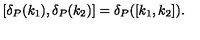
[ \delta _ { P } ( k _ { 1 } ) , \delta _ { P } ( k _ { 2 } ) ] = \delta _ { P } ( [ k _ { 1 } , k _ { 2 } ] ) .